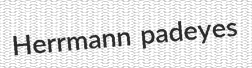
Herrmann padeyes